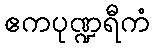
ဧကပုဏ္ဍရီကံ